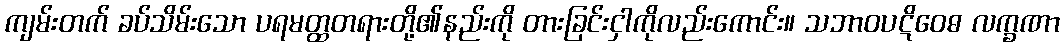
ကျမ်းတက် ခပ်သိမ်းသော ပရမတ္ထတရားတို့၏နည်းကို တားခြင်းငှါကိုလည်းကောင်း။ သဘာဝပဋိဝေဓ လက္ခဏာ